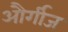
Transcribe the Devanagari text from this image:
और्गीज